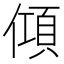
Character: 𬿦